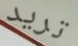
تريد